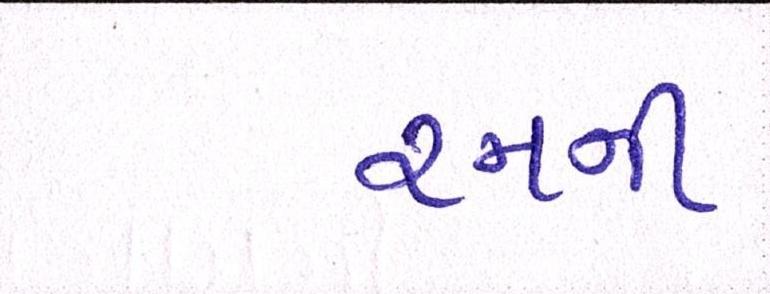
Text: રનની